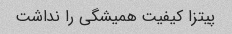
پیتزا کیفیت همیشگی را نداشت